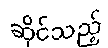
ဆိုင်သည့်